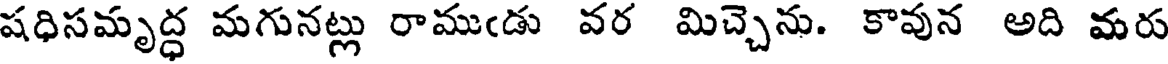
షధిసమృద్ధ మగునట్లు రాముఁడు వర మిచ్చెను. కావున అది మరు